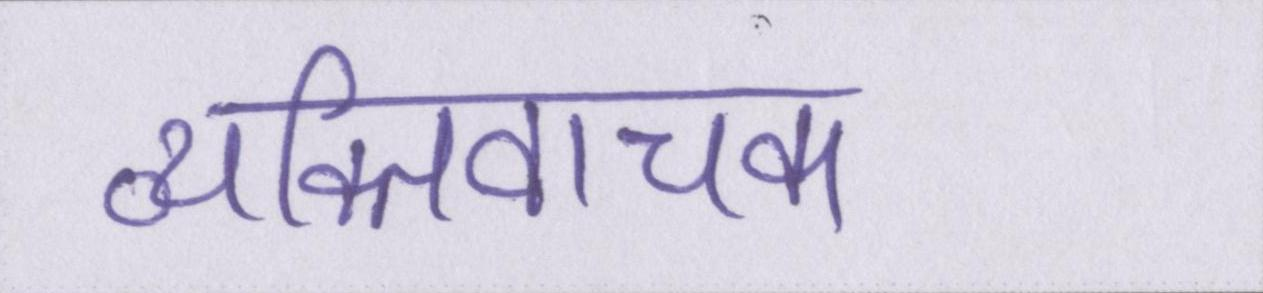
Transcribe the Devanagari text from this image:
व्यक्तिवाचक